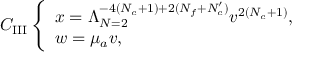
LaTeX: C _ { \mathrm { I I I } } \left\{ \begin{array} { l } { { x = \Lambda _ { N = 2 } ^ { - 4 ( N _ { c } + 1 ) + 2 ( N _ { f } + N _ { c } ^ { \prime } ) } v ^ { 2 ( N _ { c } + 1 ) } , } } \\ { { w = \mu _ { a } v , } } \end{array} \right.